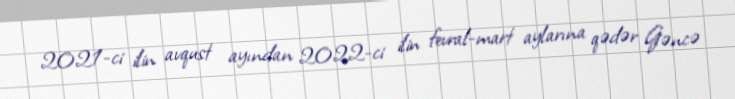
2021-ci ilin avqust ayından 2022-ci ilin fevral-mart aylarına qədər Gəncə